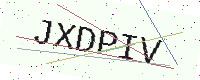
Text: JXDPIV